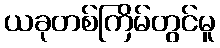
ယခုတစ်ကြိမ်တွင်မူ